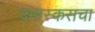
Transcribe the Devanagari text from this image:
दमास्कसचा